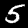
Label: 5